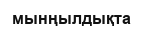
мынңылдықта